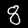
Label: 8